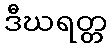
ဒီဃရတ္တ